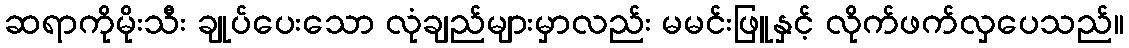
ဆရာကိုမိုးသီး ချုပ်ပေးသော လုံချည်များမှာလည်း မမင်းဖြူနှင့် လိုက်ဖက်လှပေသည်။